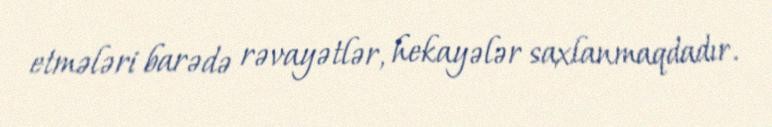
etmələri barədə rəvayətlər, hekayələr saxlanmaqdadır.